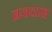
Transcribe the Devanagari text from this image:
ब्रजदास